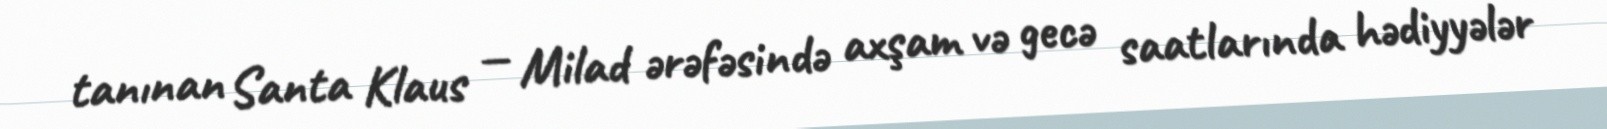
tanınan Santa Klaus — Milad ərəfəsində axşam və gecə saatlarında hədiyyələr